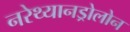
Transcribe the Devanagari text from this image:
नरेथ्यानड्रोलोन